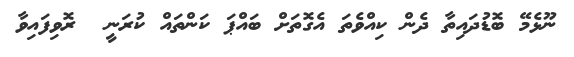
ނޫޅެމޭ ބޮޑުދައިތާ ދެން ކިއްވެތަ އެގޮތަށް ބައްޕަ ކަންތައް ކުރަނީ  ރޮވިފައިވާ